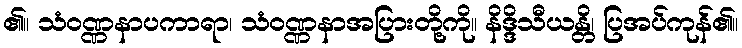
၏။ သံဝဏ္ဏနာပကာရာ၊ သံဝဏ္ဏနာအပြားတို့ကို။ နိဒ္ဒိသီယန္တိ၊ ပြအပ်ကုန်၏။